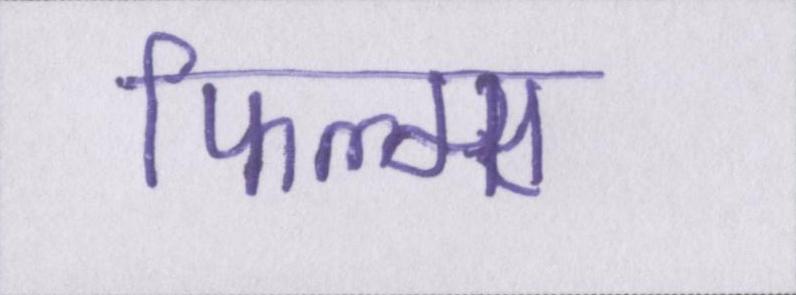
फिल्म्स